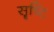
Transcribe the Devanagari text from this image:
सॄष्टि